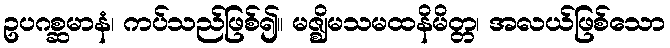
ဥပဂစ္ဆမာနံ၊ ကပ်သည်ဖြစ်၍။ မဇ္ဈိမသမထနိမိတ္တ၊ အလယ်ဖြစ်သော